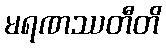
မရဏဿတီတိ